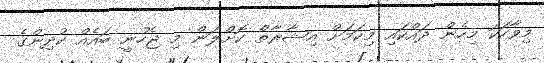
މިވާހަކަ މިހެން ދައްކައި މިކަމަށް އިޝާރާތް ކޮށްލަން މި ޖެހުނީ ބައެއް ކުދިންގެ